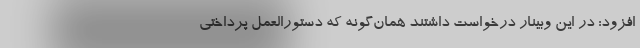
افزود: در این وبینار درخواست داشتند همان‌گونه که دستورالعمل پرداختی